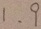
1 . 9